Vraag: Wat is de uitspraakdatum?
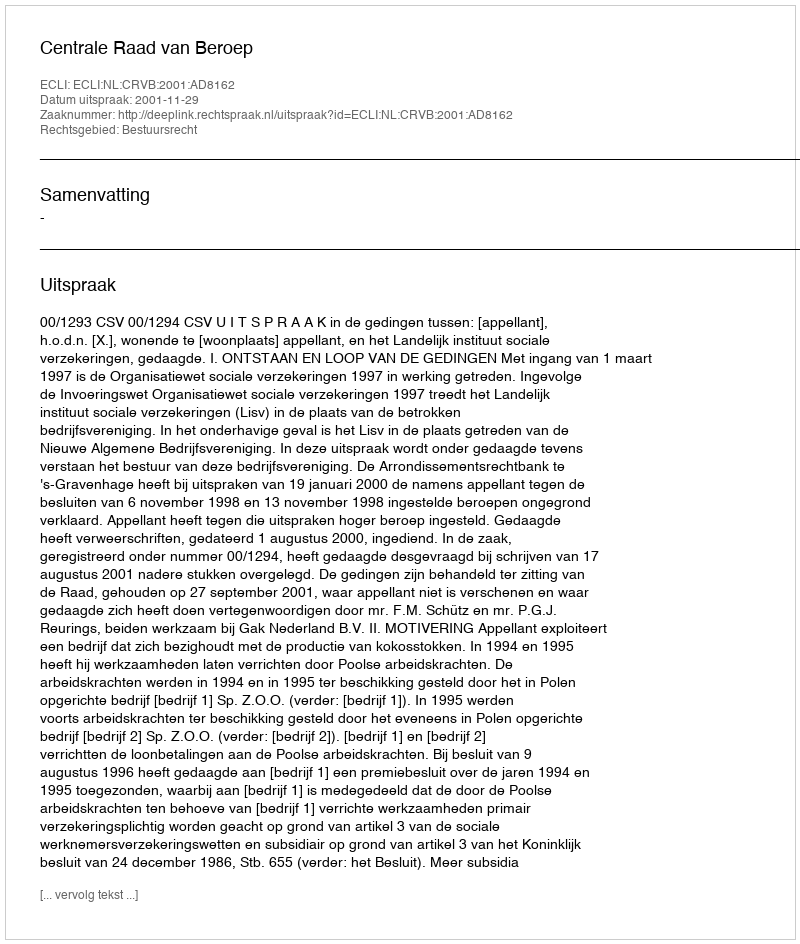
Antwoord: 2001-11-29